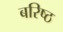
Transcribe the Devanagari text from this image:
बरिष्ठ